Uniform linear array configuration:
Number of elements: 12
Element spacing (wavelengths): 1
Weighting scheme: blackman
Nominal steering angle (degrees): -15
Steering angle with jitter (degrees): -14.634
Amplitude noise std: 0.05
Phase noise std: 0.05

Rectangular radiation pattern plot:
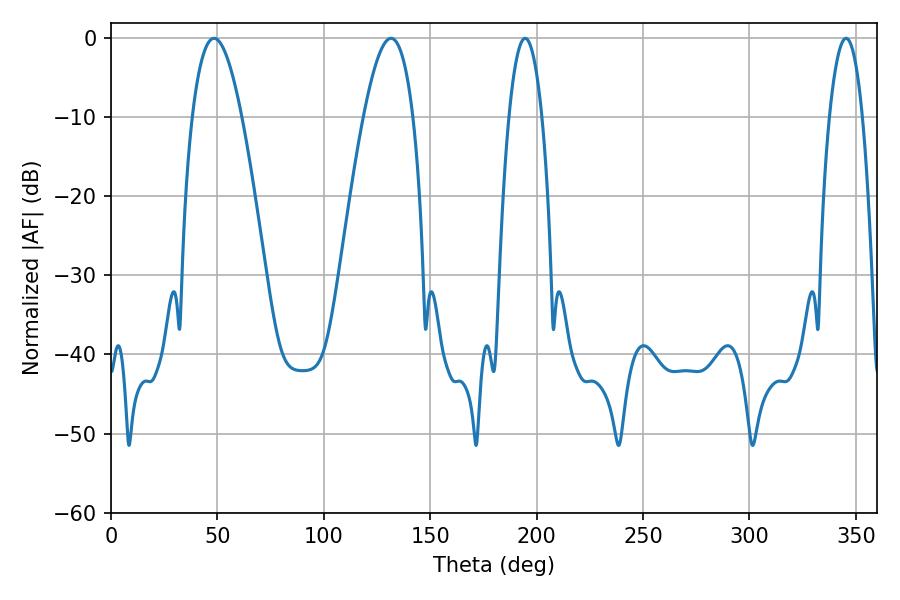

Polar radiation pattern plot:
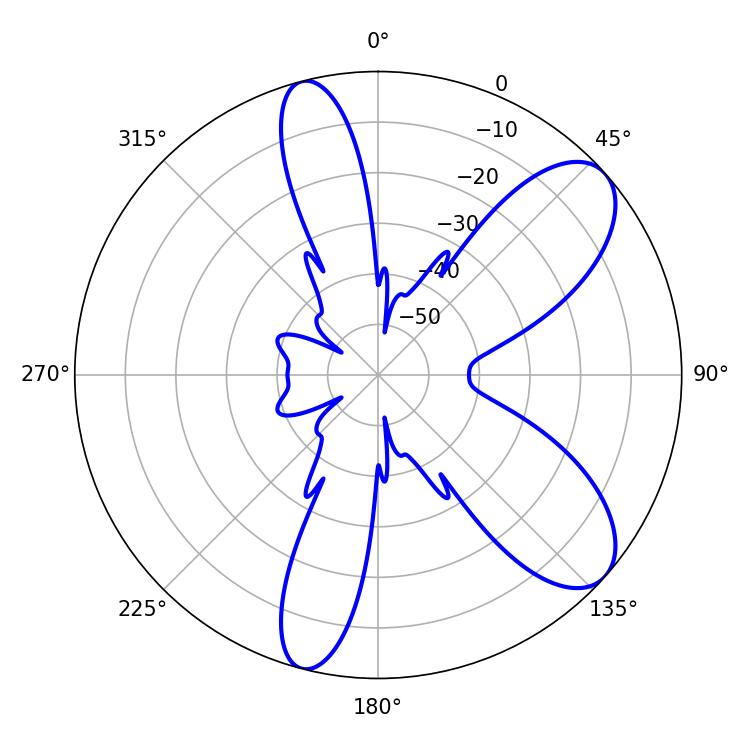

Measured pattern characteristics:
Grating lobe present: TRUE
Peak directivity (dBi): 8.547
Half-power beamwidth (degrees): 12.78
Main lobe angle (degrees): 48.42